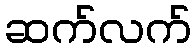
ဆက်လက်